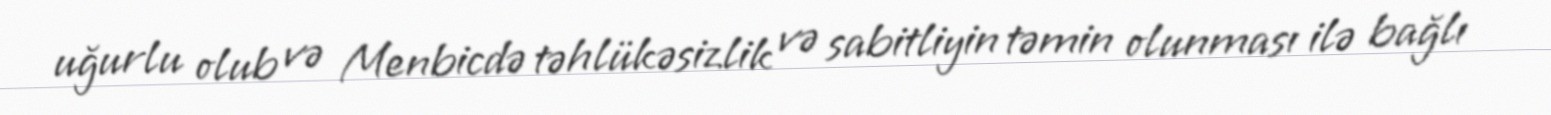
uğurlu olub və Menbicdə təhlükəsizlik və sabitliyin təmin olunması ilə bağlı